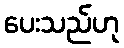
ပေးသည်ဟု